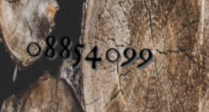
08854099